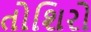
તોશિરો